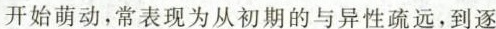
开始萌动，常表现为从初期的与异性疏远，到逐